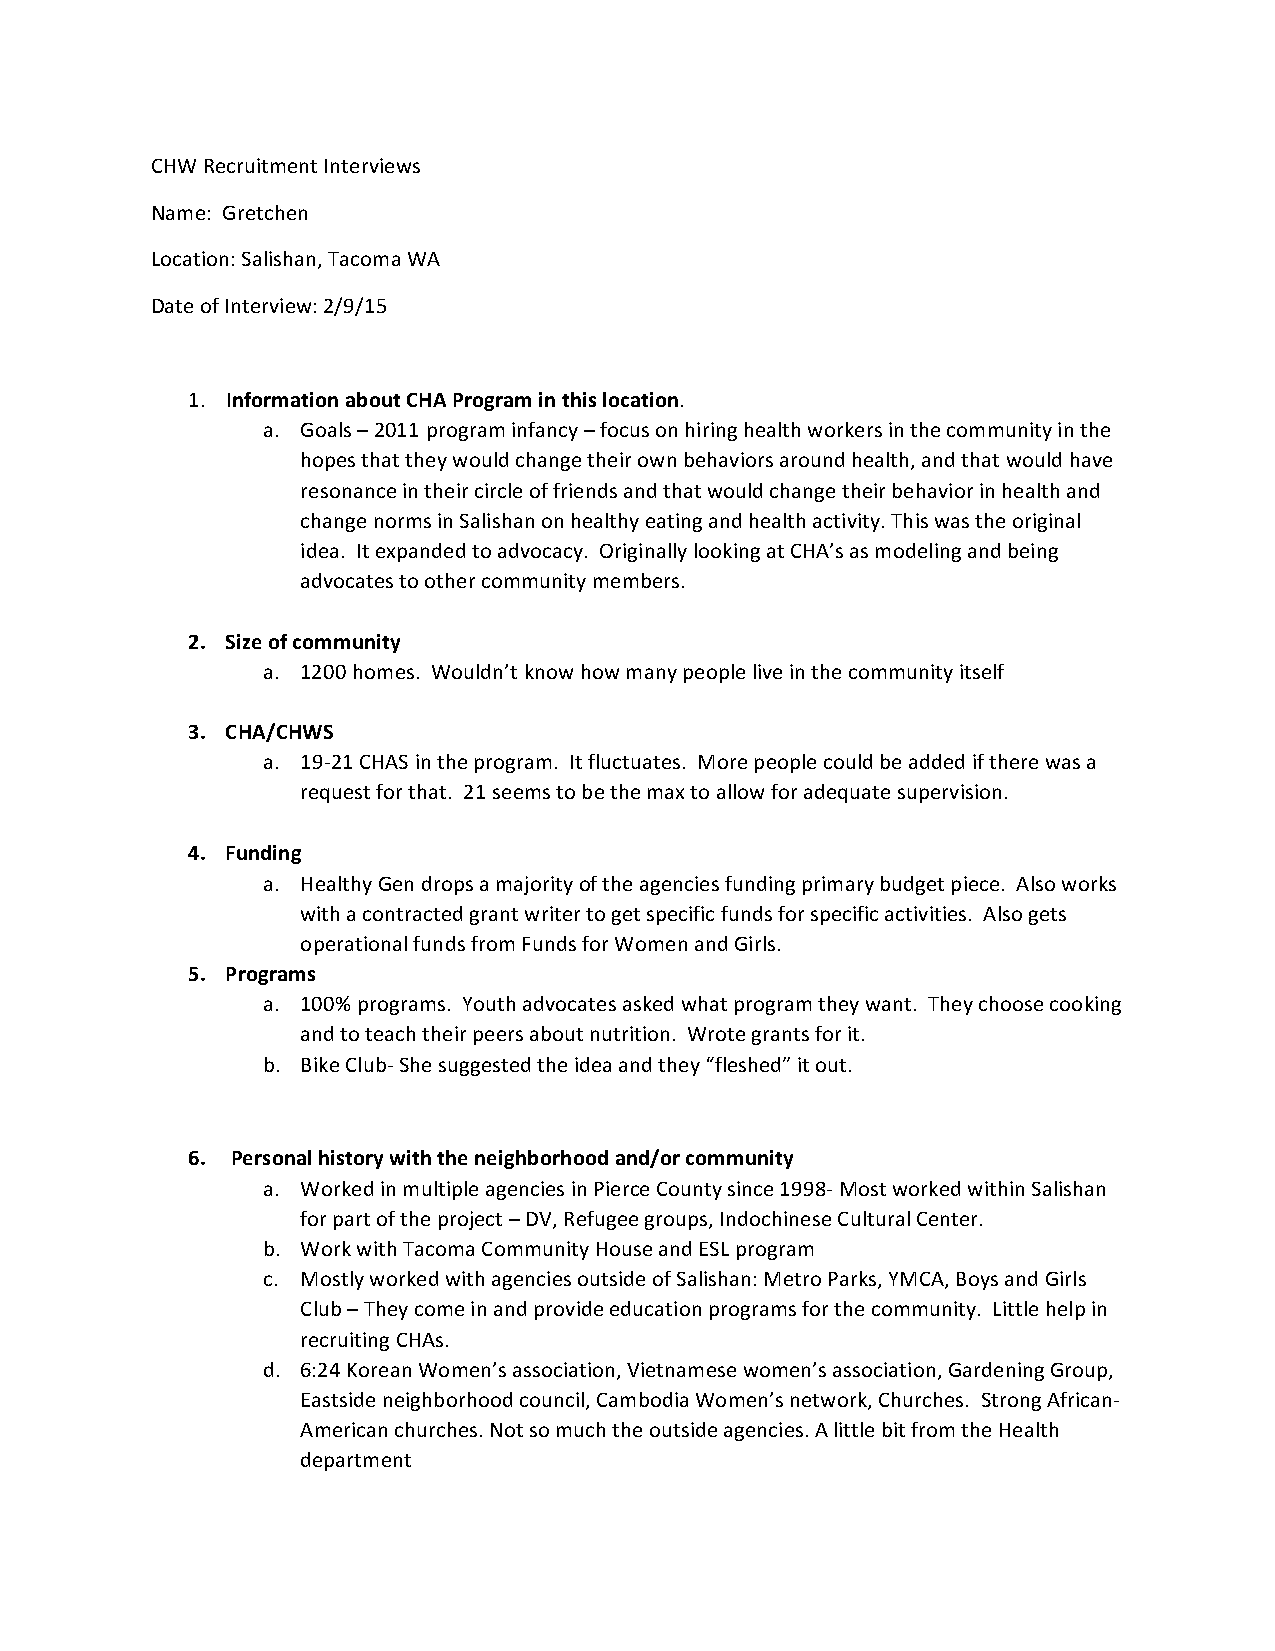
CHW Recruitment Interviews
 Name: Gretchen
 Location: Salishan, Tacoma WA
 Date of Interview: 2/9/15
 1. Information about CHA Program in this location.
 a. Goals – 2011 program infancy – focus on hiring health workers in the community in the
 hopes that they would change their own behaviors around health, and that would have
 resonance in their circle of friends and that would change their behavior in health and
 change norms in Salishan on healthy eating and health activity. This was the original
 idea. It expanded to advocacy. Originally looking at CHA’s as modeling and being
 advocates to other community members.
 2. Size of community
 a. 1200 homes. Wouldn’t know how many people live in the community itself
 3. CHA/CHWS
 a. 19-21 CHAS in the program. It fluctuates. More people could be added if there was a
 request for that. 21 seems to be the max to allow for adequate supervision.
 4. Funding
 a. Healthy Gen drops a majority of the agencies funding primary budget piece. Also works
 with a contracted grant writer to get specific funds for specific activities. Also gets
 operational funds from Funds for Women and Girls.
 5. Programs
 a. 100% programs. Youth advocates asked what program they want. They choose cooking
 and to teach their peers about nutrition. Wrote grants for it.
 b. Bike Club- She suggested the idea and they “fleshed” it out.
 6. Personal history with the neighborhood and/or community
 a. Worked in multiple agencies in Pierce County since 1998- Most worked within Salishan
 for part of the project – DV, Refugee groups, Indochinese Cultural Center.
 b. Work with Tacoma Community House and ESL program
 c. Mostly worked with agencies outside of Salishan: Metro Parks, YMCA, Boys and Girls
 Club – They come in and provide education programs for the community. Little help in
 recruiting CHAs.
 d. 6:24 Korean Women’s association, Vietnamese women’s association, Gardening Group,
 Eastside neighborhood council, Cambodia Women’s network, Churches. Strong African-
 American churches. Not so much the outside agencies. A little bit from the Health
 department